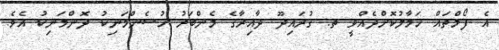
އެ ފޯމްތައް ހަމާލުކޮށްދެއްވީ ތ. ގުރައިދޫ ދާއިރާގެ މެންބަރު ހުސެންމަނިކު ދޮންމަނިކު އެވެ.